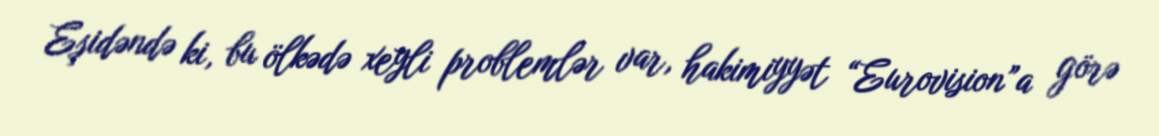
Eşidəndə ki, bu ölkədə xeyli problemlər var, hakimiyyət “Eurovision”a görə